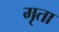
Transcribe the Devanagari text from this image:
मृता